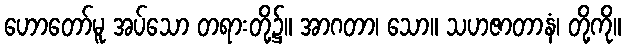
ဟောတော်မူ အပ်သော တရားတို့၌။ အာဂတာ၊ သော။ သဟဇာတာနံ၊ တို့ကို။